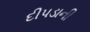
દીપડાની